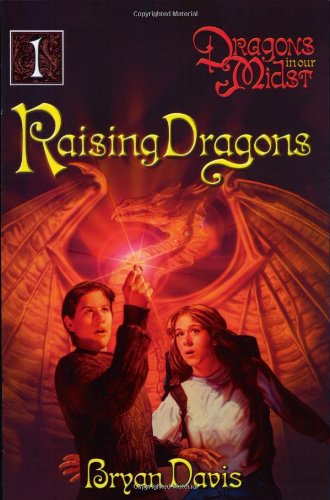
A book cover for Raising Dragons (Dragons in Our Midst, Book 1); Bryan Davis; Teen & Young Adult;